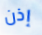
إذن